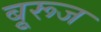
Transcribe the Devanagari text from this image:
बुूरूज